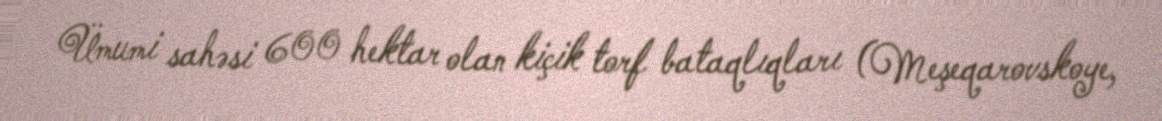
Ümumi sahəsi 600 hektar olan kiçik torf bataqlıqları (Meşeqarovskoye,